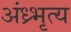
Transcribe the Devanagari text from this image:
अंध्र्भृत्य